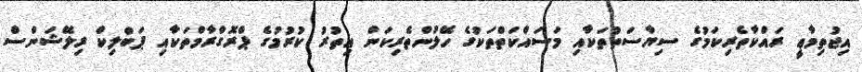
އިޖުތިމާޢީ ރައްކާތެރިކަމުގެ ސިޔާސަތުތަކާއި މަސައްކަތްތަކުގެ ހޭލުންތެރިކަން އިތުރު ކުރުމުގެ ޕްރޮގްރާމްތަކާއި ޕަބްލިކް ރިލޭޝަންސް